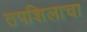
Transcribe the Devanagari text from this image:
तपशिलाचा